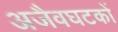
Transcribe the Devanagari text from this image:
अजैवघटकों